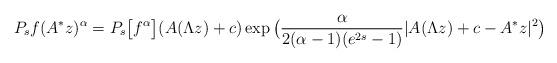
LaTeX: \begin{align*}P_s f(A^* z)^\alpha = P_s\big[f^\alpha\big](A(\Lambda z) + c) \exp \big( \frac{\alpha}{2(\alpha-1) (e^{2s}-1)} | A(\Lambda z) + c - A^*z |^2 \big)\end{align*}